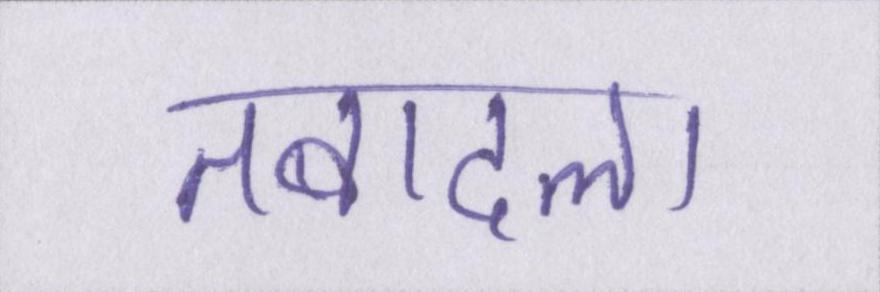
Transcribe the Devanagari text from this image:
तबादला